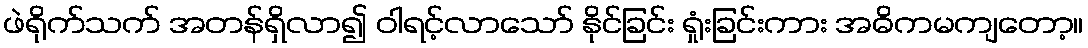
ဖဲရိုက်သက် အတန်ရှိလာ၍ ဝါရင့်လာသော် နိုင်ခြင်း ရှုံးခြင်းကား အဓိကမကျတော့။